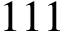
1 1 1